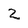
Character: 2